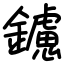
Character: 鑢